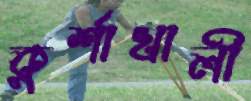
কুর্শাখালী